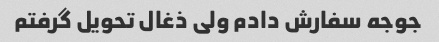
جوجه سفارش دادم ولی ذغال تحویل گرفتم